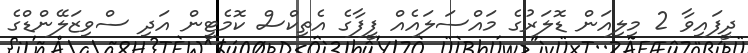
ދީފައިވާ 2 މިލިއަން ޑޮލަރުގެ މައްސަލައެއް ފީފާގެ އެތިކްސް ކޮމެޓީން އަދި ސްވިޒަލޭންޑްގެ